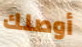
أوصلك